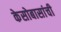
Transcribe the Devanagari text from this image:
केसोबासांची